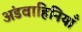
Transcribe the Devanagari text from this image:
अंडवाहिनियाँ